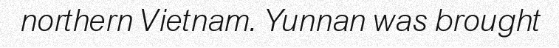
northern Vietnam. Yunnan was brought